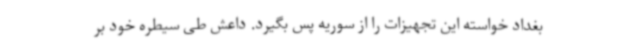
بغداد خواسته این تجهیزات را از سوریه پس بگیرد. داعش طی سیطره خود بر